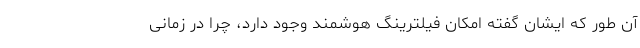
آن طور که ایشان گفته امکان فیلترینگ هوشمند وجود دارد، چرا در زمانی